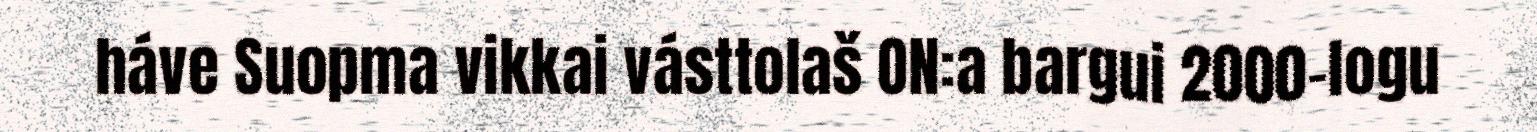
háve Suopma vikkai vásttolaš ON:a bargui 2000-logu